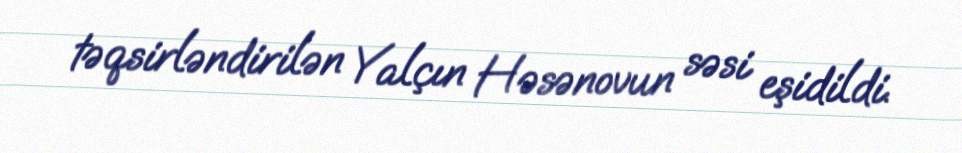
təqsirləndirilən Yalçın Həsənovun səsi eşidildi.